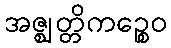
အဇ္ဈတ္တိကဉ္စေဝ